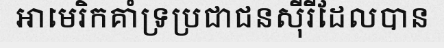
អាមេរិកគាំទ្រប្រជាជនស៊ីរីដែលបាន